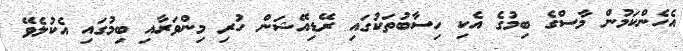
އެހެންކަމުން މާސްގެ ބިމުގެ އެކި ހިސާބުތަކުގައި ރޭޑިއޭޝަން ހުރި މިންވަރާއި ބިމުގައި އެކުލެވޭ